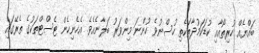
ބައްޔެއް ހުރިތޯއާއި ކުޑަކަމުދާތަކެތި ހުސްނުވެ ހުންނަ މިންވަރު ބަލާނެއެވެ. އެހެނިހެން ޓެސްޓްތަކުގެ ތެރޭގައި